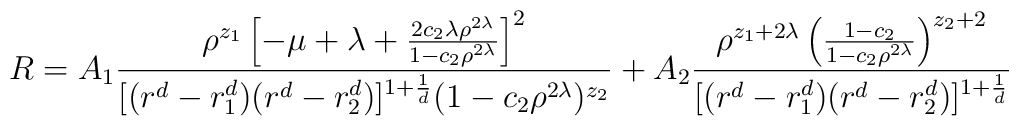
R=A_{1}{\rho^{z_{1}}\left[-\mu+\lambda+{2 c_{2} \lambda \rho^{2\lambda}\over1-c_{2}\rho^{2\lambda}} \right]^{2}\over  [(r^{d}-r_{1}^{d})(r^{d}-r_{2}^{d})]^{1+{1\over  d}}(1-c_{2}\rho^{2\lambda})^{z_{2}}}+A_{2}{\rho^{z_{1}+2\lambda}\left({1-c_{2}\over  1-c_{2}\rho^{2\lambda}}\right)^{z_{2}+2}\over [(r^{d}-r_{1}^{d})(r^{d}-r_{2}^{d})]^{1+{1\over d}}}